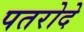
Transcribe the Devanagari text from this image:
पतरोदे